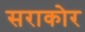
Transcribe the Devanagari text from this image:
सराकोर